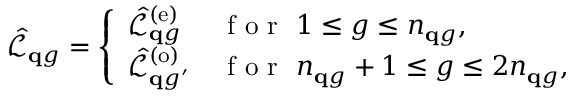
\hat { \mathcal { L } } _ { \mathbf q g } = \left\{ \begin{array} { l l } { \hat { \mathcal L } _ { { \mathbf q g } } ^ { ( \mathrm { e } ) } } & { \mathrm { ~ f ~ o ~ r ~ } ~ { 1 \le { g } \le n _ { \mathbf { q } g } } , } \\ { \hat { \mathcal L } _ { { \mathbf q g ^ { \prime } } } ^ { ( \mathrm { o } ) } } & { \mathrm { ~ f ~ o ~ r ~ } ~ { n _ { \mathbf { q } g } + 1 \leq { g } \le { 2 n _ { \mathbf { q } g } } } , } \end{array} \right.